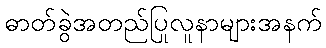
ဓာတ်ခွဲအတည်ပြုလူနာများအနက်